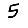
Digit: 5